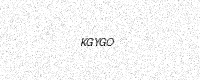
Text: KGYGO